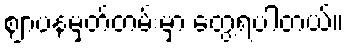
ဈာပနမှတ်တမ်းမှာ တွေ့ရပါတယ်။